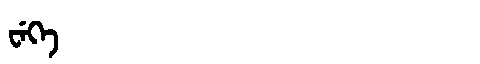
Manchu: ᠸᡝᡴᡝ
Romanization: WEKE